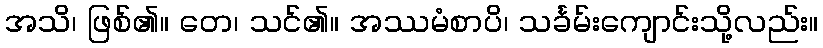
အသိ၊ ဖြစ်၏။ တေ၊ သင်၏။ အဿမံစာပိ၊ သင်္ခမ်းကျောင်းသို့လည်း။